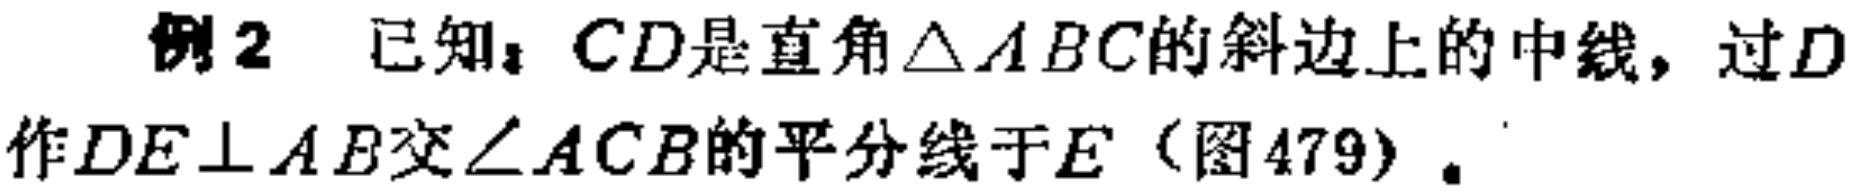
例2 已知：$CD$是直角$\triangle ABC$的斜边上的中线，过$D$作$DE\perp AB$交$\angle ACB$的平分线于$E$（图479）。